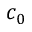
c _ { 0 }